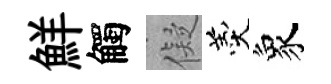
鮮觸儗羹象